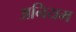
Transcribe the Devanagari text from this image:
अनियम